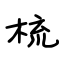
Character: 梳